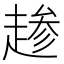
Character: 𫎺